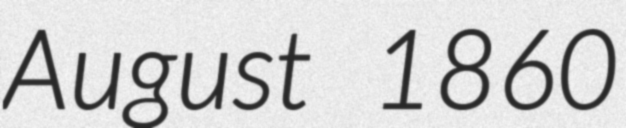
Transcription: August 1860